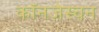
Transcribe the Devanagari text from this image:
कॉनजेस्चन